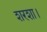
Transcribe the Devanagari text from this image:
शरशा।